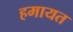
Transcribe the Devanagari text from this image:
हमायत